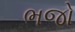
ભજો